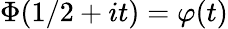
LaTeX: \Phi(1/2+it)=\varphi(t)